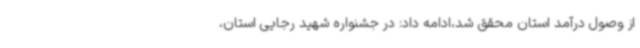
از وصول درآمد استان محقق شد،ادامه داد: در جشنواره شهید رجایی استان،